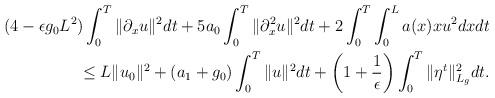
LaTeX: \begin{align*}(4-\epsilon g_0 L^2)\int_0^T\|\partial_x u\|^2dt+5a_0\int_0^T\|\partial_x^2 u\|^2dt +2\int_0^T\int_0^La(x)xu^2 dxdt\\\leq L\|u_0\|^2+(a_1+g_0)\int_0^T\|u\|^2 dt+\left(1+\dfrac{1}{\epsilon}\right)\int_0^T\|\eta^t\|_{L_g}^2dt .\end{align*}